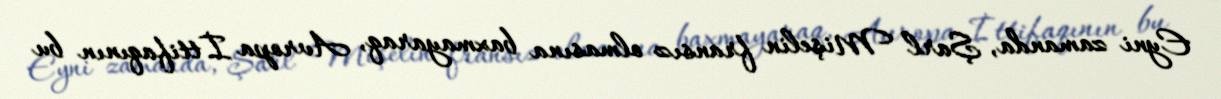
Eyni zamanda, Şarl Mişelin fransız olmasına baxmayaraq, Avropa İttifaqının bu